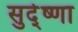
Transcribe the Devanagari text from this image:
सुदे्ष्णा